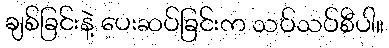
ချစ်ခြင်းနဲ့ ပေးဆပ်ခြင်းက သပ်သပ်စီပါ။